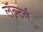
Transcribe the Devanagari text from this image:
लॅन्टर्न